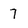
Character: 7